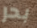
بحر